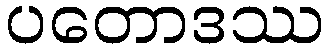
ပတောဒဿ